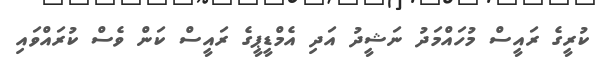
ކުރީގެ ރައީސް މުހައްމަދު ނަޝީދު އަދި އެމްޑީޕީގެ ރައީސް ކަން ވެސް ކުރައްވައި